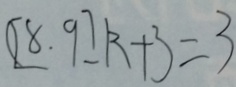
( [ 8 , 9 ] ) k + 3 = 3